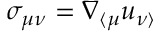
\sigma _ { \mu \nu } = \nabla _ { \langle \mu } u _ { \nu \rangle }